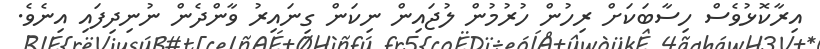
އިރާކޮޅުވެސް ހިސާބަކަށް ރިހުން ހުރުމުން ލުޖައިން ނިކަން ގިނައިރު ވާންދެން ނުނިދިފައި އިނެވެ.